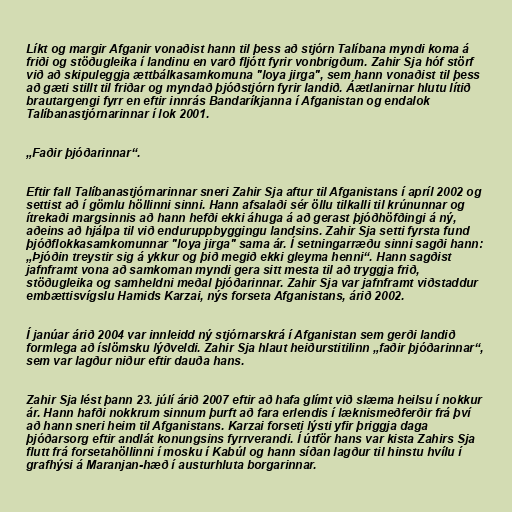
Líkt og margir Afganir vonaðist hann til þess að stjórn Talíbana myndi koma á
friði og stöðugleika í landinu en varð fljótt fyrir vonbrigðum. Zahir Sja hóf störf
við að skipuleggja ættbálkasamkomuna "loya jirga", sem hann vonaðist til þess
að gæti stillt til friðar og myndað þjóðstjórn fyrir landið. Áætlanirnar hlutu lítið
brautargengi fyrr en eftir innrás Bandaríkjanna í Afganistan og endalok
Talíbanastjórnarinnar í lok 2001.

„Faðir þjóðarinnar“.

Eftir fall Talíbanastjórnarinnar sneri Zahir Sja aftur til Afganistans í apríl 2002 og
settist að í gömlu höllinni sinni. Hann afsalaði sér öllu tilkalli til krúnunnar og
ítrekaði margsinnis að hann hefði ekki áhuga á að gerast þjóðhöfðingi á ný,
aðeins að hjálpa til við enduruppbyggingu landsins. Zahir Sja setti fyrsta fund
þjóðflokkasamkomunnar "loya jirga" sama ár. Í setningarræðu sinni sagði hann:
„Þjóðin treystir sig á ykkur og þið megið ekki gleyma henni“. Hann sagðist
jafnframt vona að samkoman myndi gera sitt mesta til að tryggja frið,
stöðugleika og samheldni meðal þjóðarinnar. Zahir Sja var jafnframt viðstaddur
embættisvígslu Hamids Karzai, nýs forseta Afganistans, árið 2002.

Í janúar árið 2004 var innleidd ný stjórnarskrá í Afganistan sem gerði landið
formlega að íslömsku lýðveldi. Zahir Sja hlaut heiðurstitilinn „faðir þjóðarinnar“,
sem var lagður niður eftir dauða hans.

Zahir Sja lést þann 23. júlí árið 2007 eftir að hafa glímt við slæma heilsu í nokkur
ár. Hann hafði nokkrum sinnum þurft að fara erlendis í læknismeðferðir frá því
að hann sneri heim til Afganistans. Karzai forseti lýsti yfir þriggja daga
þjóðarsorg eftir andlát konungsins fyrrverandi. Í útför hans var kista Zahirs Sja
flutt frá forsetahöllinni í mosku í Kabúl og hann síðan lagður til hinstu hvílu í
grafhýsi á Maranjan-hæð í austurhluta borgarinnar.